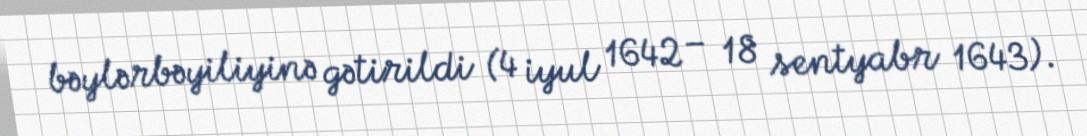
bəylərbəyiliyinə gətirildi (4 iyul 1642 – 18 sentyabr 1643).